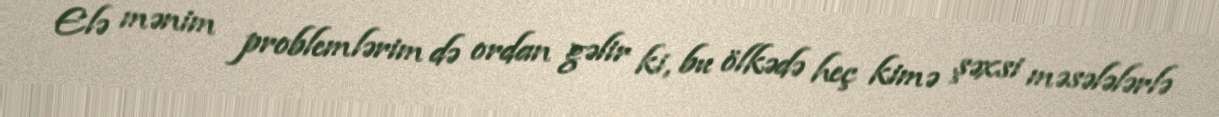
Elə mənim problemlərim də ordan gəlir ki, bu ölkədə heç kimə şəxsi məsələlərlə